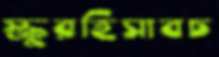
স্ক্রুরহিসাবচ